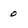
Character: 0